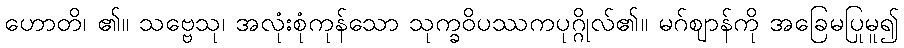
ဟောတိ၊ ၏။ သဗ္ဗေသု၊ အလုံးစုံကုန်သော သုက္ခဝိပဿကပုဂ္ဂိုလ်၏။ မဂ်ဈာန်ကို အခြေမပြုမူ၍